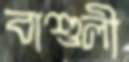
বাশুলী